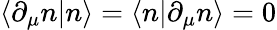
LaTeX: \langle\partial_{\mu}n|n\rangle=\langle n|\partial_{\mu}n\rangle=0